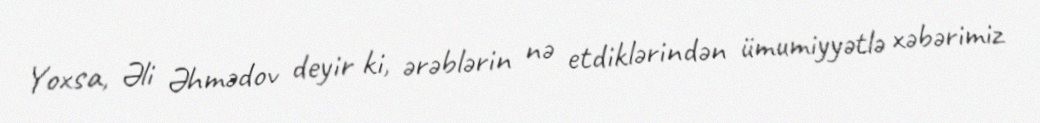
Yoxsa, Əli Əhmədov deyir ki, ərəblərin nə etdiklərindən ümumiyyətlə xəbərimiz